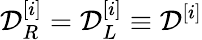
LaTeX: \mathcal{D}_{R}^{[i]}=\mathcal{D}_{L}^{[i]}\equiv\mathcal{D}^{[i]}